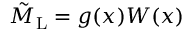
\tilde { M } _ { \mathrm { L } } = g ( x ) W ( x )